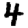
Digit: 4